Annual report of the Punjab Veterinary College and of the Civil Veterinary Department, Punjab - 1926-1932
Year: 1926
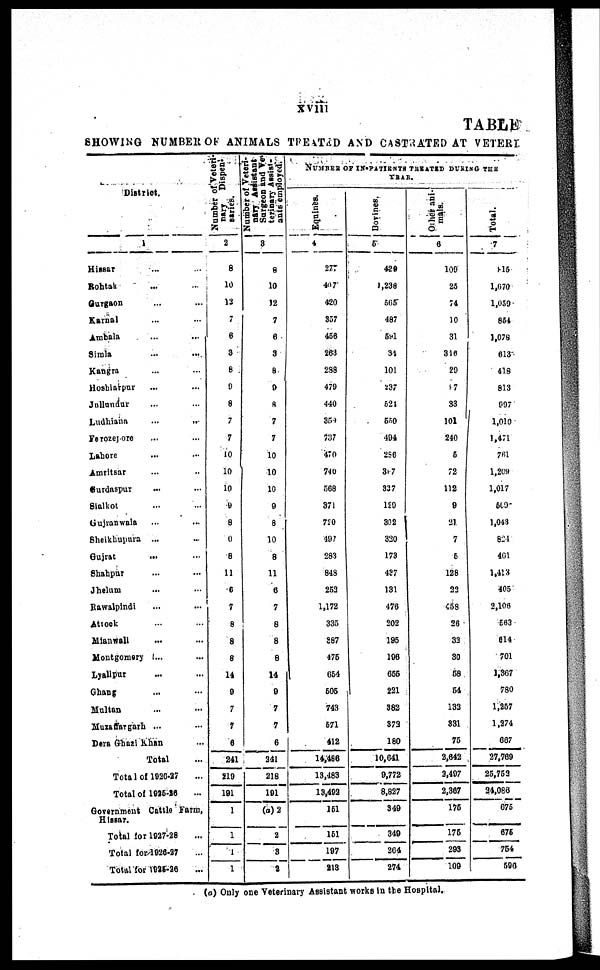
xviii
TABLE
SHOWING NUMBER OF ANIMALS TREATED AND CASTRATED AT VETERI
District.
1
Hissar ... ...
Rohtak ... ...
Gurgaon ... ...
Karnal ... ...
Ambala ... ...
Simla ... ...
Kangra ... ...
Hoshiarpur
Jullundur ... ...
Ludhiana ... ...
Ferozepore ... ...
Lahore ... ...
Amritsar ... ...
Gurdaspur ... ...
Sialkot ... ...
Gujranwala ... ...
Sheikhupura ... ...
Gujrat ... ...
Shahpur ... ...
Jhelum ... ...
Rawalpindi
Attock ... ...
Mianwali ... ...
Montgomery ... ...
Lyallpur ... ...
Ghang ... ...
Multan ... ...
Muzaffargarh ... ...
Dera Ghazi Khan ... ...
Total ...
Total of 1926-27 ...
Total of 1925-26 ...
Government Cattle Farm,
Hissar.
Total for 1927-28 ...
Total for 1926-27 ...
Total for 1925-26 ...
Number of Veteri-
nary Dispen¬
series.
2
8
10
12
7
6
3
8
9
8
7
7
10
10
10
9
8
0
8
11
6
7
8
8
8
14
9
7
7
6
241
219
191
1
1
1
1
Number of Veteri-
nary Assistant
Surgeon and Ve
terinary Assist¬
ants employed.
3
8
10
12
7
6
3
8
9
8
7
7
10
10
10
9
8
10
8
11
6
7
8
8
8
14
9
7
7
6
241
218
191
(a) 2
2
3
a
NUMBER OF IN-PATIENTS TREATED DURING THE
YEAR.
Equines.
4
277
407
420
337
456
263
288
479
440
359
737
470
740
568
371
720
497
283
848
253
1,172
335
387
475
654
505
743
571
412
14,486
13,483
13,402
161
161
197
213
Bovines.
5
429
1,238
565
487
591
31
101
237
524
550
404
286
387
337
120
302
320
173
487
131
476
202
195
196
655
221
382
373
180
10,041
9,772
8,827
349
349
264
274
Other ani-
mals.
6
100
25
74
10
31
316
20
97
33
101
240
5
72
112
9
21
7
5
128
22
458
26
33
30
58
54
133
331
75
2,642
2,407
2,367
175
175
293
109
Total.
7
815
1,670
1,059
854
1,078
613
413
813
997
1,010
1,471
761
1,209
1,017
509
1,043
824
461
1,413
405
2,106
563
614
701
1,367
780
1,257
1,274
667
27,769
25,753
34,083
675
675
754
590
(a) Only one Veterinary Assistant works in the Hospital.